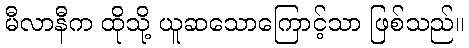
မီလာနီက ထိုသို့ ယူဆသောကြောင့်သာ ဖြစ်သည်။